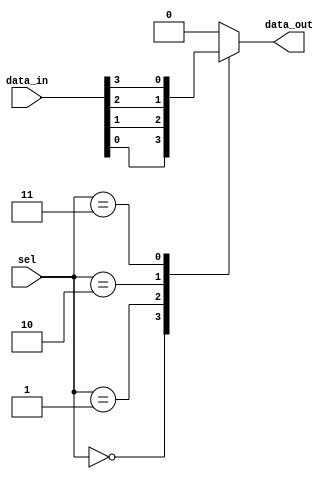
module multiplexer_32to1 (
    input [31:0] data_in,
    input [4:0] sel,
    output reg data_out
);

always @ (sel) begin
    case (sel)
        5'b00000: data_out = data_in[0];
        5'b00001: data_out = data_in[1];
        5'b00010: data_out = data_in[2];
        5'b00011: data_out = data_in[3];
        // continue for all 32 input lines
        default: data_out = 32'h0;
    endcase
end

endmodule